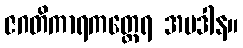
ဇဂတိကာရကတ္ထေရ အပဒါန။